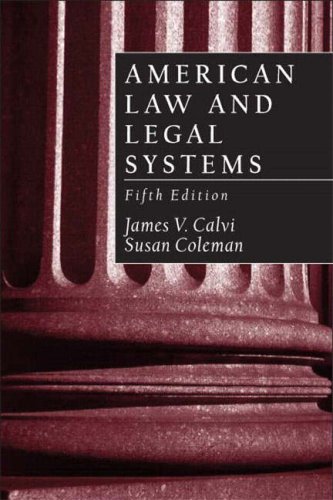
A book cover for American Law and Legal Systems (5th Edition); James V. Calvi; Law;